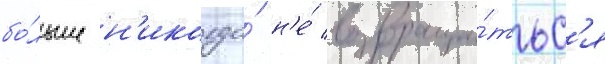
бо́льше н'икогда́ н'е́ возвраща́тьс'я